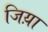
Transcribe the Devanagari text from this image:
जिय़ा